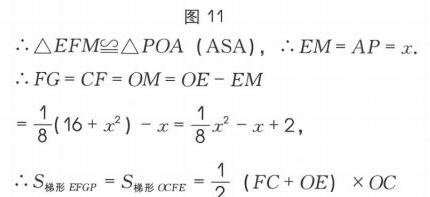
图 11
\(\therefore\triangle EFM\cong\triangle POA\ (\text{ASA})\)，\(\therefore EM = AP = x\).
\(\therefore FG = CF = OM = OE - EM\)
\(=\frac{1}{8}(16 + x^{2})-x=\frac{1}{8}x^{2}-x + 2\)，
\(\therefore S_{\text{梯形}EFGP}=S_{\text{梯形}OCFE}=\frac{1}{2}(FC + OE)\times OC\)